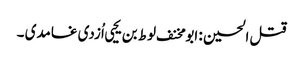
قتل الحسین : ابو مخنف لوط بن یحیی اُزدی غامدی ۔